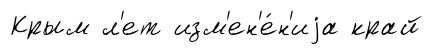
Крым л'ет изм'ен'е́н'иjа край